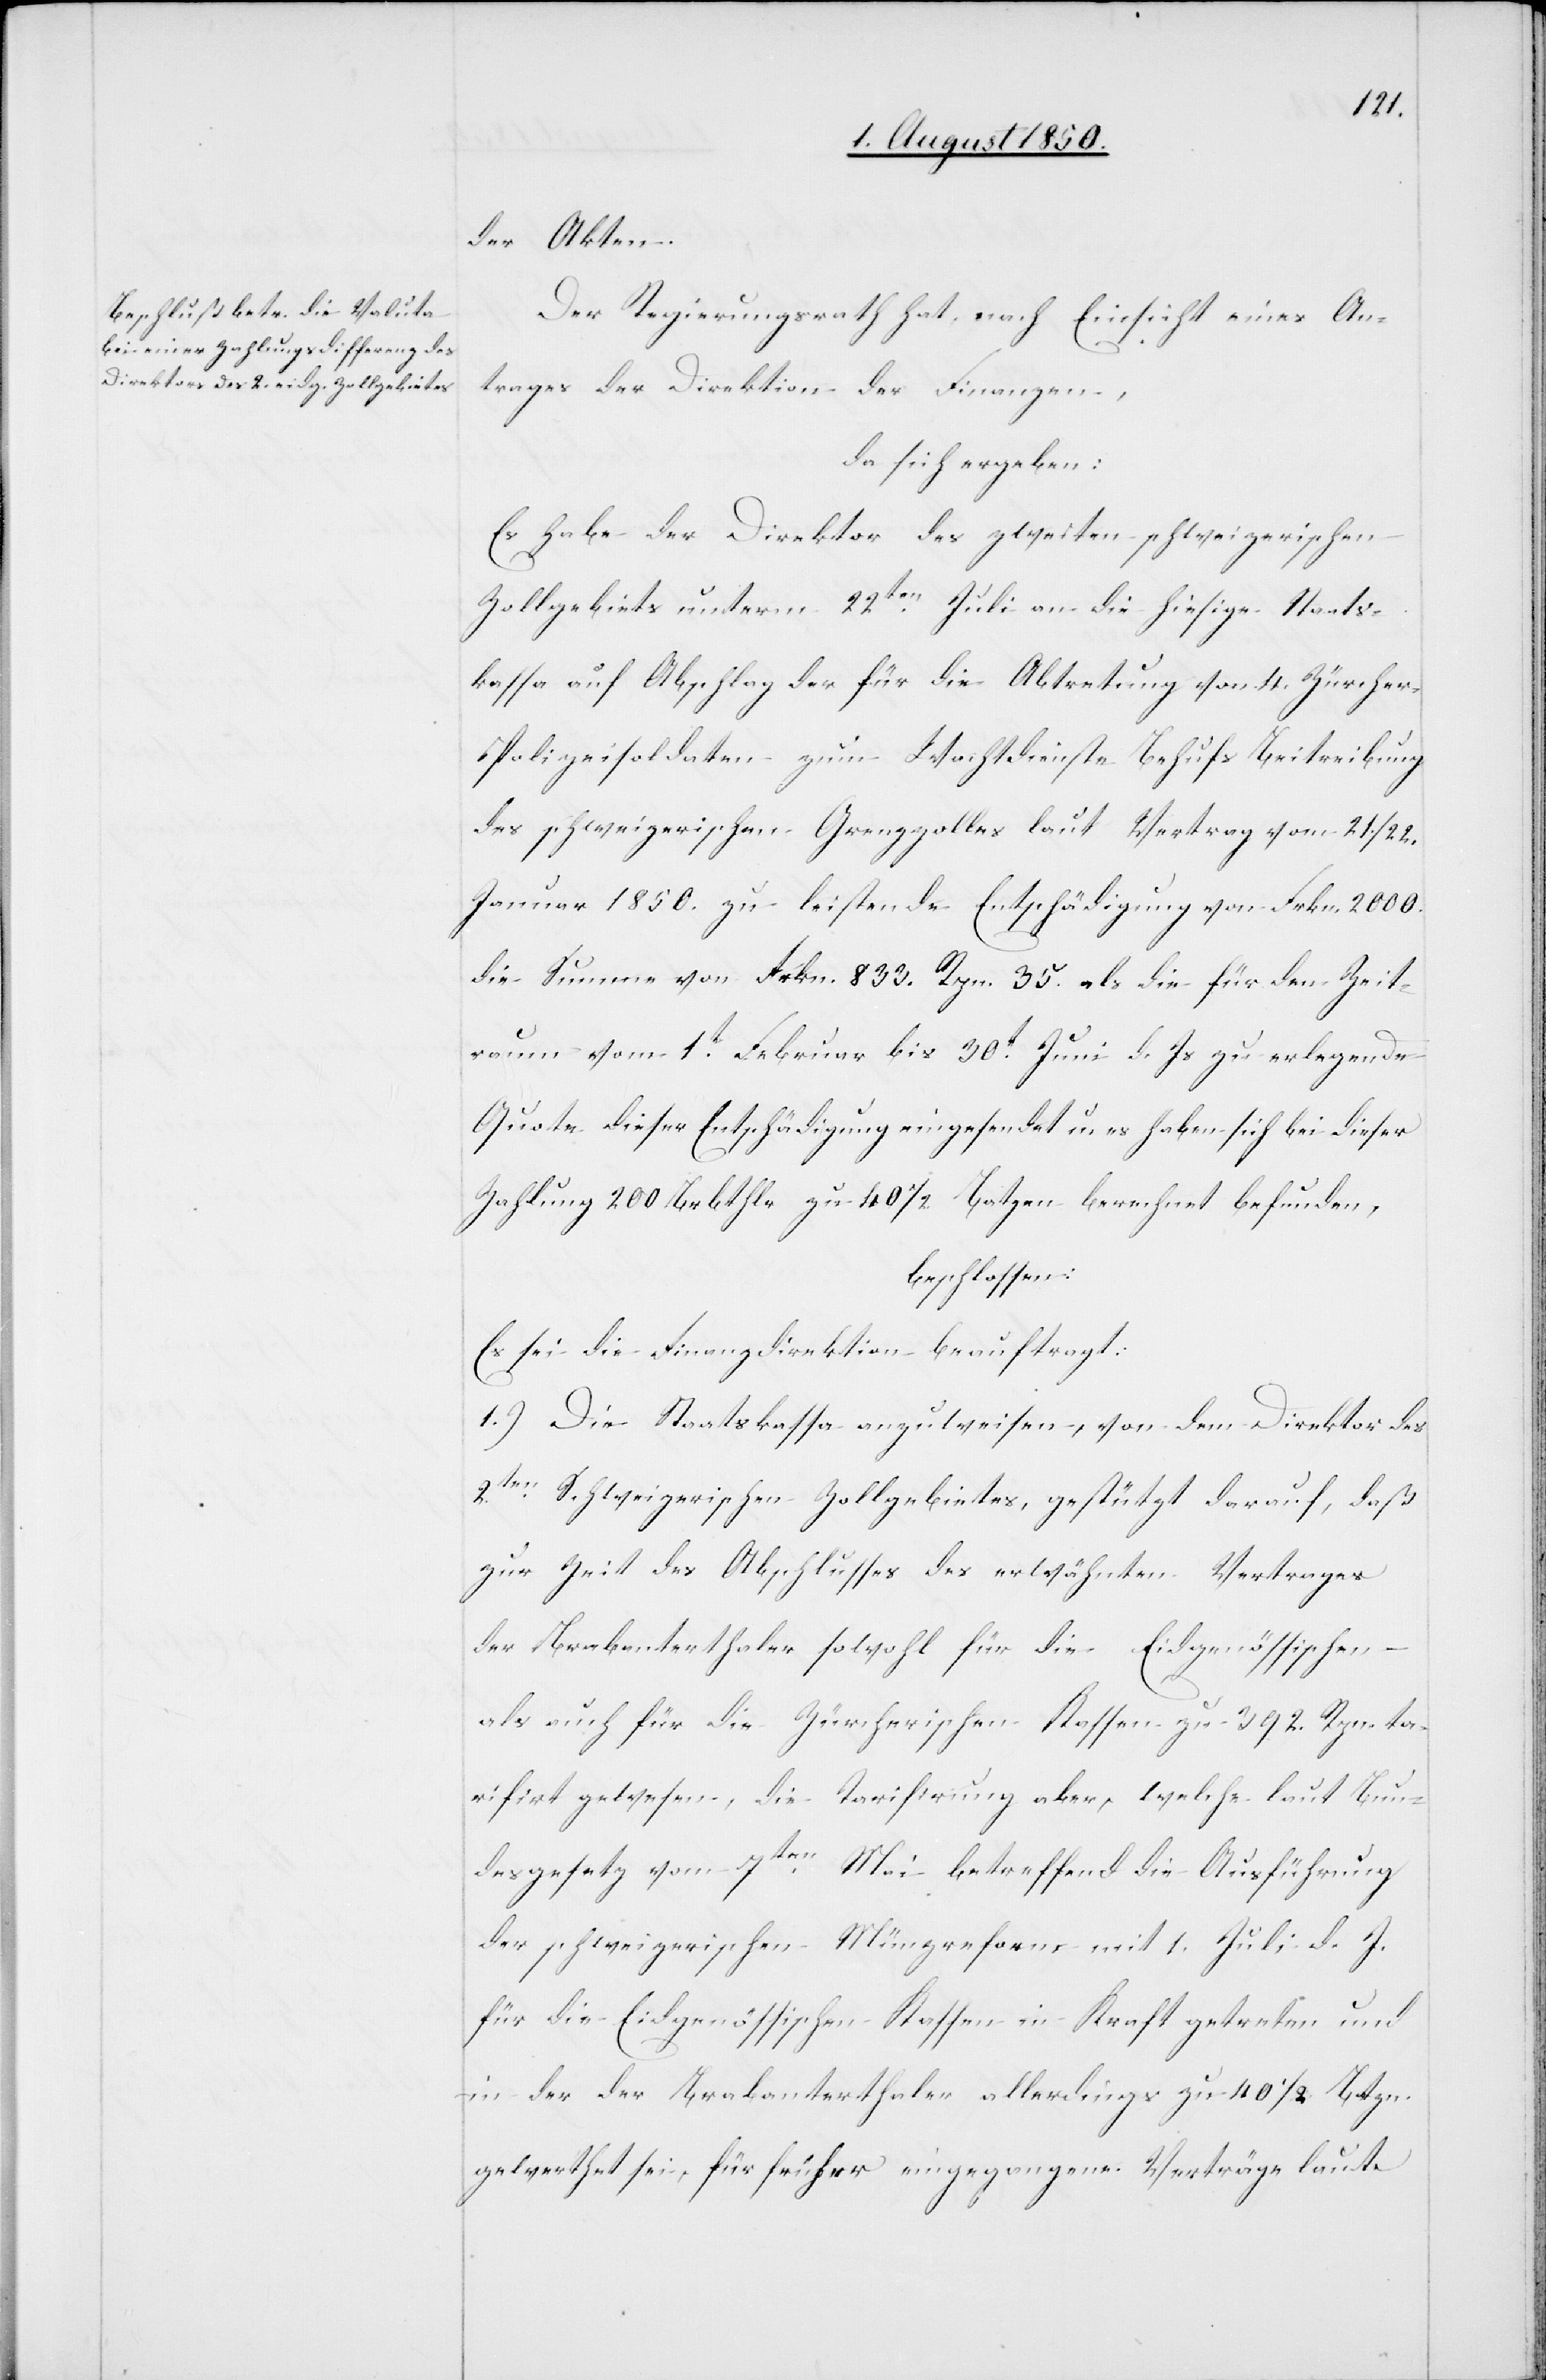
der Akten.
Der Regierungsrath hat nach Einsicht eines An¬
trages der Direktion der Finanzen,
da sich ergeben:
Es habe der Direktor des zweiten schweizerischen
Zollgebiets unterm 22ten Juli an die hiesige Staats¬
kassa auf Abschlag der für die Abtretung von 4. Zürche¬
r-Polizeisoldaten zum Wachtdienste Behufs Beitreibung
des schweizerischen Grenzzolles laut Vertrag vom 21./22.
Januar 1850. zu leistende Entschädigung von Frkn. 2000.
die Summe von Frkn. 833. Rpn. 35. als die für den Zeit¬
raum vom 1t Februar bis 30t Jui d. Js zu erlegenden
Quote dieser Entschädigung eingesendet u. es haben sich bei dieser
Zahlung 200 Brbthlr zu 40 1/2 Batzen berechnet befunden,
beschlossen:
Es sei die Finanzdirektion beauftragt:
1.) Die Staatskassa anzuweisen, von dem Direktor des
2ten Schweizerischen Zollgebietes, gestützt darauf, daß
zur Zeit des Abschlusses des erwähnten Vertrages
der Brabanterthaler sowohl für die Eidgenössischen
als auch für die Zürcherischen Kassen zu 392. Rpn. ta¬
rifirt gewesen, die Tarifirung aber, welche laut Bun¬
desgesetz vom 7ten Mai betreffend die Ausführung
der schweizerischen Münzreform mit 1. Juli d. J.
für die Eidgenössischen Kassen in Kraft getreten und
in der der Brabanterthaler allerdings zu 40 1/2 Btzn.
gewerthet sei, für früher eingegangene Verträge laute